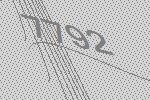
7792